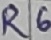
Text: R6